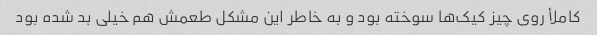
کاملأ روی چیز کیک‌ها سوخته بود و به خاطر این مشکل طعمش هم خیلی بد شده بود